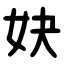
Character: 妜